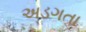
અડગતા